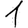
Digit: 1